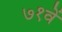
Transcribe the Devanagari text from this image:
७१वें